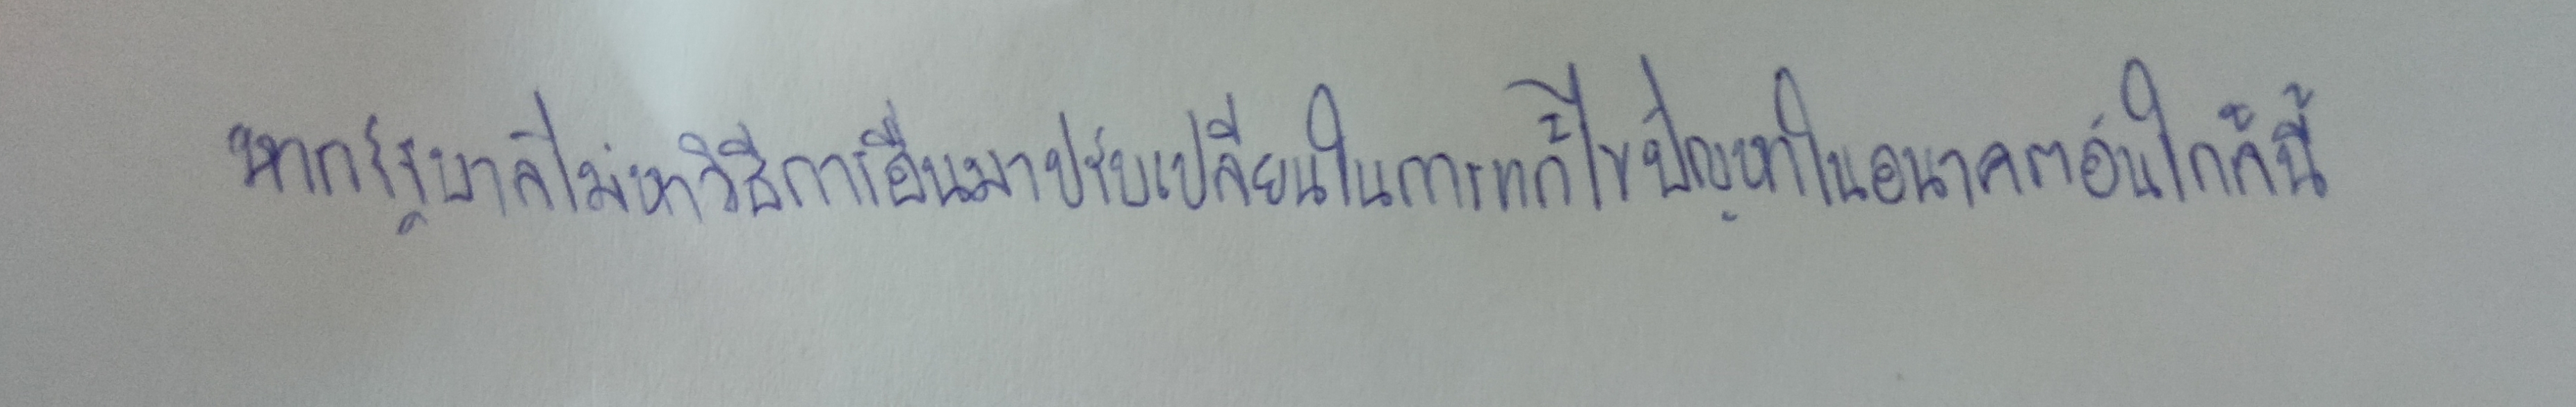
หากรัฐบาลไม่หาวิธีการอื่นมาปรับเปลี่ยนในการแก้ไขปัญหาในอนาคตอันใกล้นี้